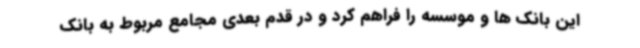
این بانک ها و موسسه را فراهم کرد و در قدم بعدی مجامع مربوط به بانک